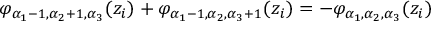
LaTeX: \varphi _ { \alpha _ { 1 } - 1 , \alpha _ { 2 } + 1 , \alpha _ { 3 } } ( z _ { i } ) + \varphi _ { \alpha _ { 1 } - 1 , \alpha _ { 2 } , \alpha _ { 3 } + 1 } ( z _ { i } ) = - \varphi _ { \alpha _ { 1 } , \alpha _ { 2 } , \alpha _ { 3 } } ( z _ { i } )